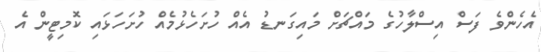
އެހެންވެ ފަސް އިސްލާހުގެ މައްޗަށް މައިގަނޑު އެއް ހުށަހެޅުމެއް ހުށަހަޅައި ކޮމިޓީން އެ